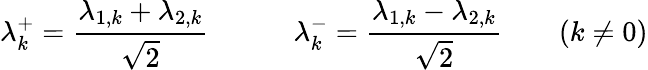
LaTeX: \lambda_{k}^{+}=\frac{\lambda_{1,k}+\lambda_{2,k}}{\sqrt{2}}\qquad\quad\lambda_{k}^{-}=\frac{\lambda_{1,k}-\lambda_{2,k}}{\sqrt{2}}\qquad(k\neq 0)